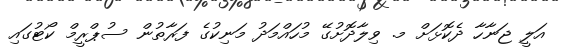
އަލީ ޖަނާހާ ދެކޮޅަށް މ. ވިލާދޮށުގޭ މުހައްމަދު މަނިކުގެ ފަރާތުން ސުޕްރީމް ކޯޓުގައި